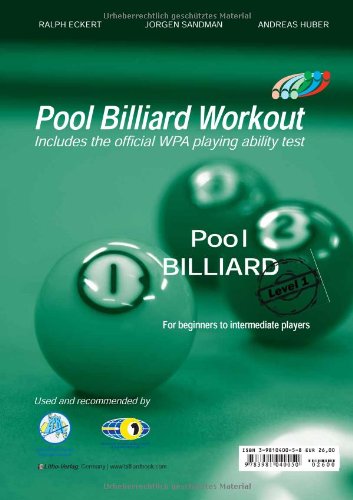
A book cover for Pool Billiard Workout: For Beginners to Intermediate Players (PAT-System Workout); Ralph Eckert; Sports & Outdoors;